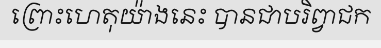
ព្រោះហេតុយ៉ាងនេះ បានជាបរិព្វាជក